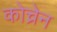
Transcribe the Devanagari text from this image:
कोच्रेन